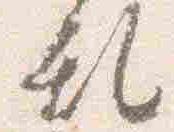
乱